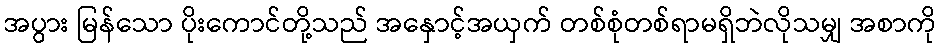
အပွား မြန်သော ပိုးကောင်တို့သည် အနှောင့်အယှက် တစ်စုံတစ်ရာမရှိဘဲလိုသမျှ အစာကို